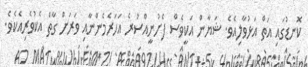
ކޮނޑުގައި އަތް އަޅުވާލިއެވެ. ޝަޔާން އަކީވެސް ފެށުނީއްސުރެ އަހަރެމެންނާއި ވަރަށް ގާތް އެކުވެރިއެކެވެ.